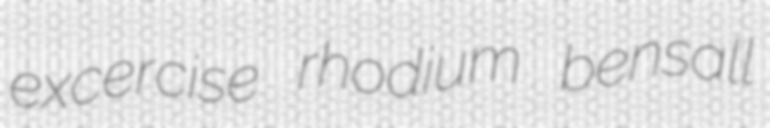
excercise rhodium bensall